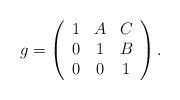
LaTeX: \begin{align*}g = \left(\begin{array}{ccc}1 & A & C \\0 & 1 & B \\0 & 0 & 1 \\\end{array}\right).\end{align*}